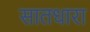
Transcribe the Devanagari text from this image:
सातधारा